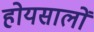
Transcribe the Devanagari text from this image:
होयसालों